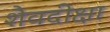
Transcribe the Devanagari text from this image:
शैवदीक्षा